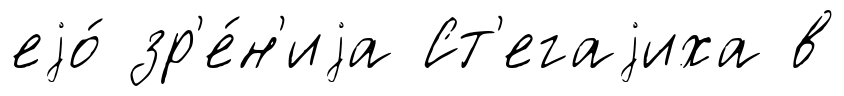
еjо́ зр'е́н'иjа Ст'егаjиха в